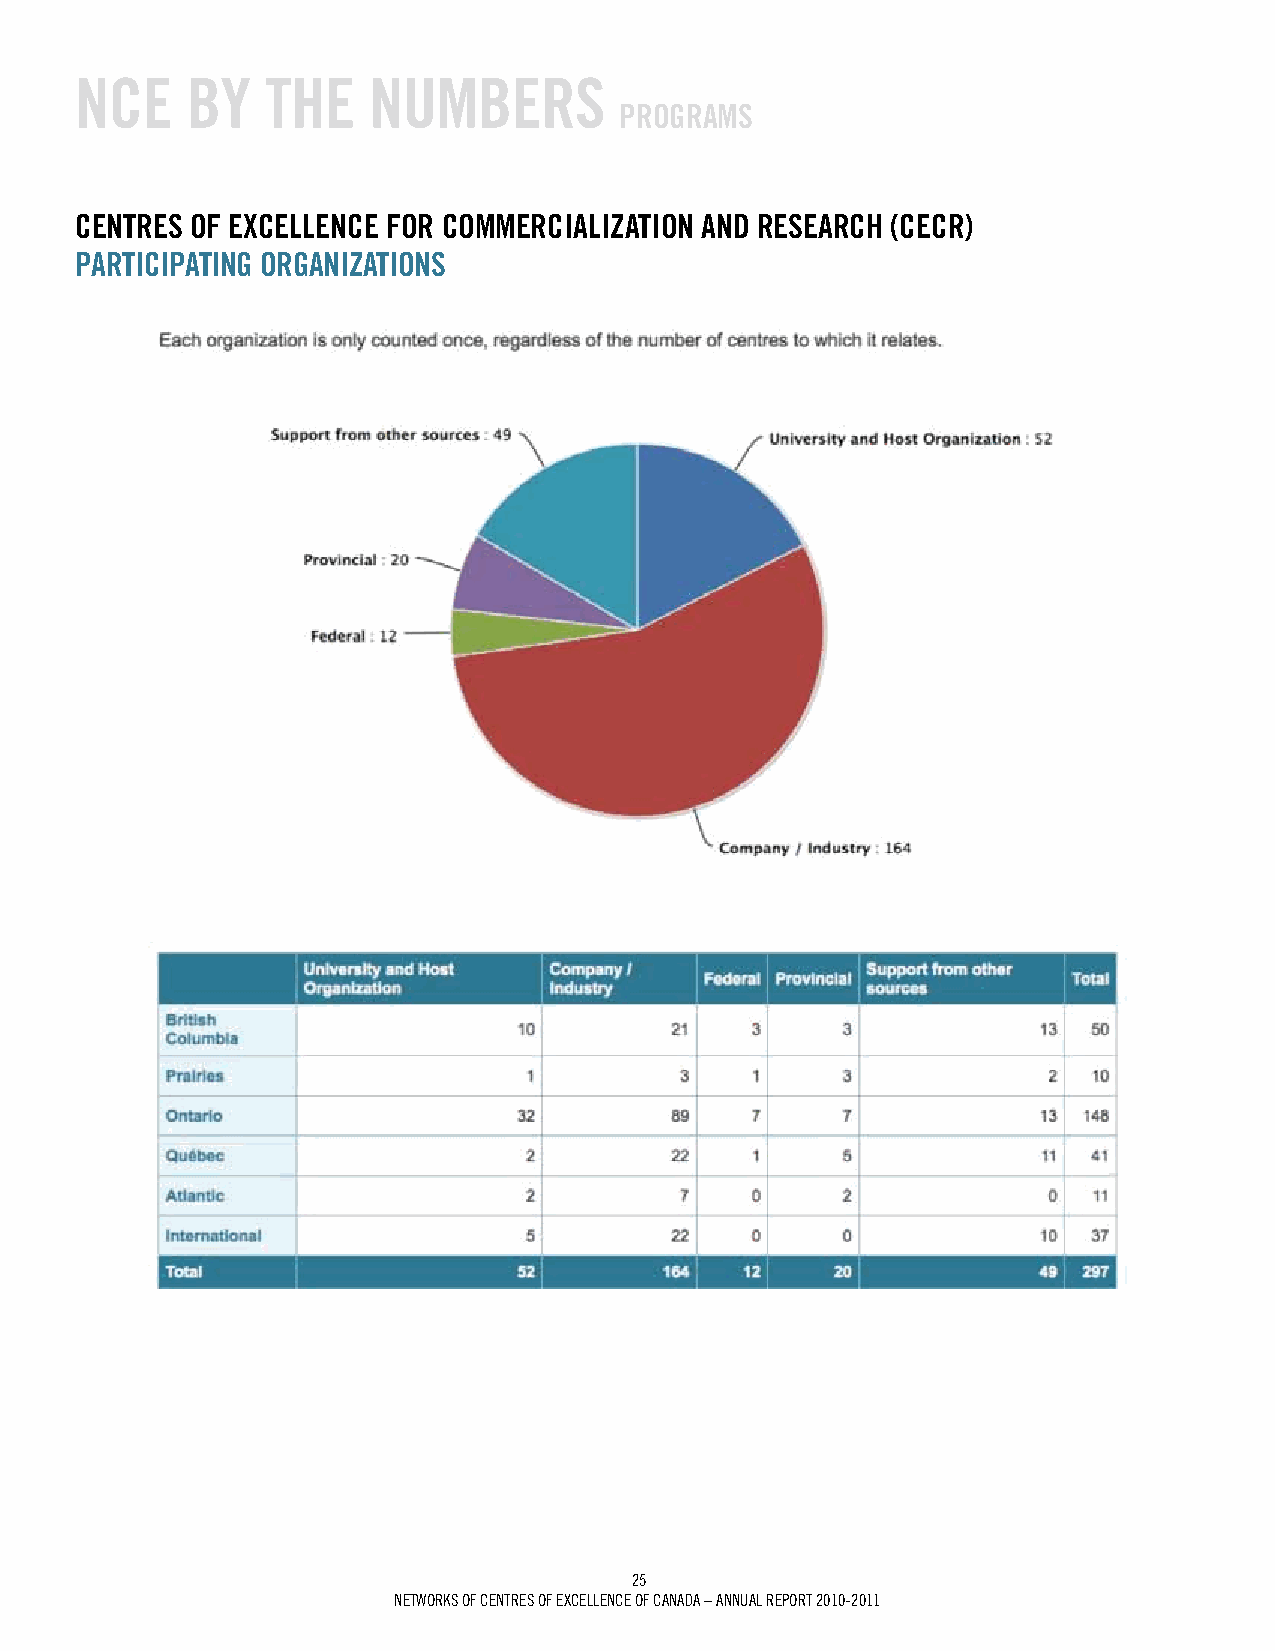
NCE    BY    ThE   NumBErS
 prOgrAmS
 CENTrES OF ExCELLENCE FOr COmmErCiALizATiON ANd rESEArCh (CECr)
 pArTiCipATiNg OrgANizATiONS
 25
 Networks of ceNtres of excelleNce of caNada – aNNUal rePort 2010-2011